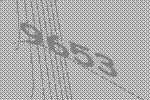
9653